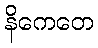
နိကေတေ